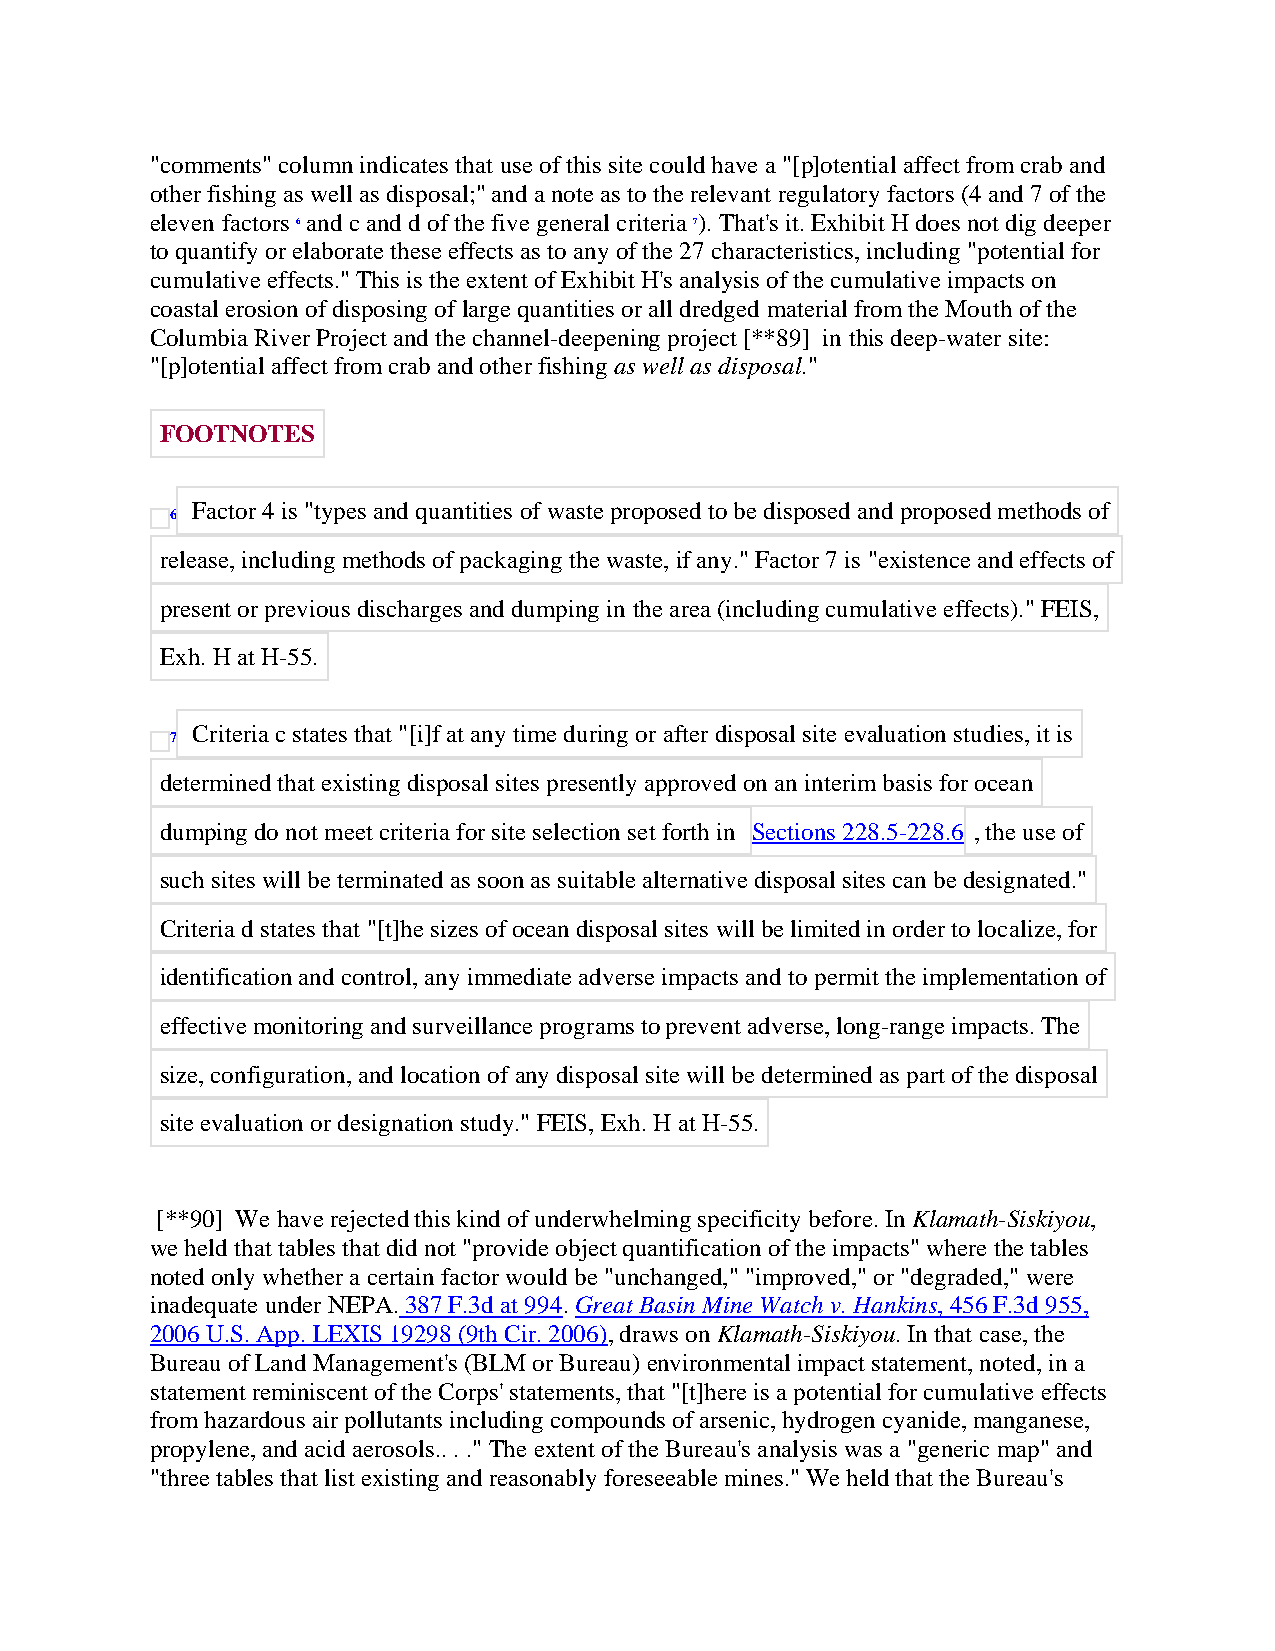
"comments" column indicates that use of this site could have a "[p]otential affect from crab and
 other fishing as well as disposal;" and a note as to the relevant regulatory factors (4 and 7 of the
 eleven factors 6 and c and d of the five general criteria 7). That's it. Exhibit H does not dig deeper
 to quantify or elaborate these effects as to any of the 27 characteristics, including "potential for
 cumulative effects." This is the extent of Exhibit H's analysis of the cumulative impacts on
 coastal erosion of disposing of large quantities or all dredged material from the Mouth of the
 Columbia River Project and the channel-deepening project [**89] in this deep-water site:
 "[p]otential affect from crab and other fishing as well as disposal."
 FOOTNOTES
 Factor 4 is "types and quantities of waste proposed to be disposed and proposed methods of
 6
 release, including methods of packaging the waste, if any." Factor 7 is "existence and effects of
 present or previous discharges and dumping in the area (including cumulative effects)." FEIS,
 Exh. H at H-55.
 Criteria c states that "[i]f at any time during or after disposal site evaluation studies, it is
 7
 determined that existing disposal sites presently approved on an interim basis for ocean
 dumping do not meet criteria for site selection set forth in Sections 228.5-228.6 , the use of
 such sites will be terminated as soon as suitable alternative disposal sites can be designated."
 Criteria d states that "[t]he sizes of ocean disposal sites will be limited in order to localize, for
 identification and control, any immediate adverse impacts and to permit the implementation of
 effective monitoring and surveillance programs to prevent adverse, long-range impacts. The
 size, configuration, and location of any disposal site will be determined as part of the disposal
 site evaluation or designation study." FEIS, Exh. H at H-55.
 [**90] We have rejected this kind of underwhelming specificity before. In Klamath-Siskiyou,
 we held that tables that did not "provide object quantification of the impacts" where the tables
 noted only whether a certain factor would be "unchanged," "improved," or "degraded," were
 inadequate under NEPA. 387 F.3d at 994. Great Basin Mine Watch v. Hankins, 456 F.3d 955,
 2006 U.S. App. LEXIS 19298 (9th Cir. 2006), draws on Klamath-Siskiyou. In that case, the
 Bureau of Land Management's (BLM or Bureau) environmental impact statement, noted, in a
 statement reminiscent of the Corps' statements, that "[t]here is a potential for cumulative effects
 from hazardous air pollutants including compounds of arsenic, hydrogen cyanide, manganese,
 propylene, and acid aerosols.. . ." The extent of the Bureau's analysis was a "generic map" and
 "three tables that list existing and reasonably foreseeable mines." We held that the Bureau's